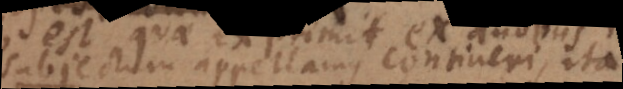
u m appellamus contineri, ita